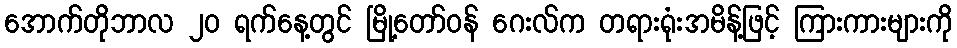
အောက်တိုဘာလ ၂၀ ရက်နေ့တွင် မြို့တော်ဝန် ဂေးလ်က တရားရုံးအမိန့်ဖြင့် ကြားကားများကို